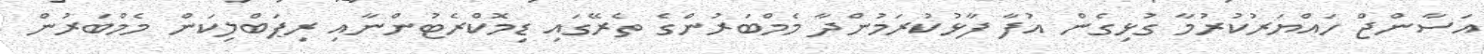
އަސާންޖް ހައްޔަރުކުރުމާ ގުޅިގެން އުފާ ފާޅުކުރަމުންދާ މެމްބަރުންގެ ތެރޭގައި ޑިމޮކްރެޓުންނާއި ރިޕަބްލިކަން މެމްބަރުން